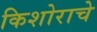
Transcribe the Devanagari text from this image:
किशोराचे